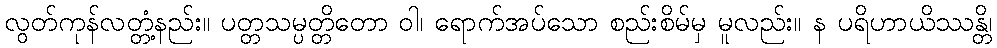
လွတ်ကုန်လတ္တံ့နည်း။ ပတ္တသမ္ပတ္တိတော ဝါ၊ ရောက်အပ်သော စည်းစိမ်မှ မူလည်း။ န ပရိဟာယိဿန္တိ၊